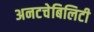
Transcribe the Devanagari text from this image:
अनटचेबिलिटी